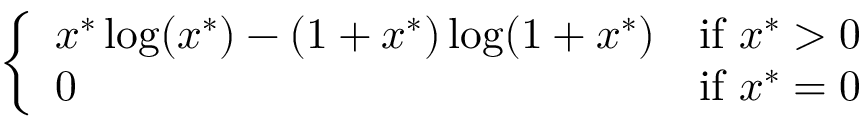
\left\{ \begin{array} { l l } { x ^ { * } \log ( x ^ { * } ) - ( 1 + x ^ { * } ) \log ( 1 + x ^ { * } ) } & { { \mathrm { i f ~ } } x ^ { * } > 0 } \\ { 0 } & { { \mathrm { i f ~ } } x ^ { * } = 0 } \end{array} \right.